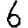
Digit: 6